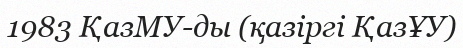
1983 ҚазМУ-ды (қазіргі ҚазҰУ)